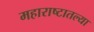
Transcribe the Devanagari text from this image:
महाराष्टातल्या